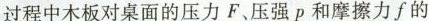
过程中木板对桌面的压力F、压强p和摩擦力f的